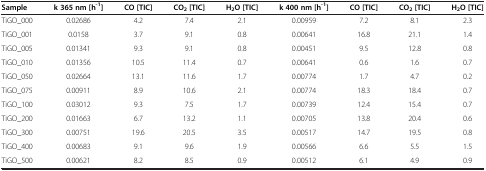
<table><thead><tr><td><b>Sample</b></td><td><b>k 365 nm [h<sup>-1</sup>]</b></td><td><b>CO [TIC]</b></td><td><b>CO<sub>2 </sub>[TIC]</b></td><td><b>H<sub>2</sub>O [TIC]</b></td><td><b>k 400 nm [h<sup>-1</sup>]</b></td><td><b>CO [TIC]</b></td><td><b>CO<sub>2 </sub>[TIC]</b></td><td><b>H<sub>2</sub>O [TIC]</b></td></tr></thead><tbody><tr><td>TiGO_000</td><td>0.02686</td><td>4.2</td><td>7.4</td><td>2.1</td><td>0.00959</td><td>7.2</td><td>8.1</td><td>2.3</td></tr><tr><td>TiGO_001</td><td>0.0158</td><td>3.7</td><td>9.1</td><td>0.8</td><td>0.00641</td><td>16.8</td><td>21.1</td><td>1.4</td></tr><tr><td>TiGO_005</td><td>0.01341</td><td>9.3</td><td>9.1</td><td>0.8</td><td>0.00451</td><td>9.5</td><td>12.8</td><td>0.8</td></tr><tr><td>TiGO_010</td><td>0.01356</td><td>10.5</td><td>11.4</td><td>0.7</td><td>0.00641</td><td>0.6</td><td>1.6</td><td>0.7</td></tr><tr><td>TiGO_050</td><td>0.02664</td><td>13.1</td><td>11.6</td><td>1.7</td><td>0.00774</td><td>1.7</td><td>4.7</td><td>0.2</td></tr><tr><td>TiGO_075</td><td>0.00911</td><td>8.9</td><td>10.6</td><td>2.1</td><td>0.00774</td><td>18.3</td><td>18.4</td><td>0.7</td></tr><tr><td>TiGO_100</td><td>0.03012</td><td>9.3</td><td>7.5</td><td>1.7</td><td>0.00739</td><td>12.4</td><td>15.4</td><td>0.7</td></tr><tr><td>TiGO_200</td><td>0.01663</td><td>6.7</td><td>13.2</td><td>1.1</td><td>0.00705</td><td>13.8</td><td>20.4</td><td>0.6</td></tr><tr><td>TiGO_300</td><td>0.00751</td><td>19.6</td><td>20.5</td><td>3.5</td><td>0.00517</td><td>14.7</td><td>19.5</td><td>0.8</td></tr><tr><td>TiGO_400</td><td>0.00683</td><td>9.1</td><td>9.6</td><td>1.9</td><td>0.00566</td><td>6.6</td><td>5.5</td><td>1.5</td></tr><tr><td>TiGO_500</td><td>0.00621</td><td>8.2</td><td>8.5</td><td>0.9</td><td>0.00512</td><td>6.1</td><td>4.9</td><td>0.9</td></tr></tbody></table>